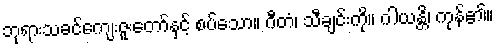
ဘုရားသခင်ကျေးဇူးတော်နှင့် စပ်သော။ ဂီတံ၊ သီချင်းကို။ ဂါယန္တိ၊ ကုန်၏။